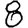
Digit: 8